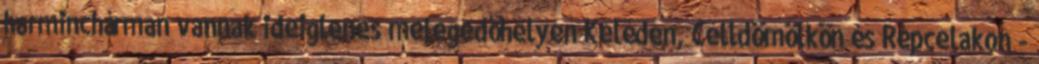
harminchárman vannak ideiglenes melegedőhelyen Keléden, Celldömölkön és Répcelakon -